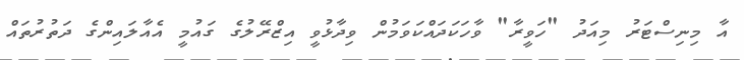
އާ މިނިސްޓަރު މިއަދު "ހަވީރާ" ވާހަކަދައްކަވަމުން ވިދާޅުވީ އިޒްރޭލުގެ ގައުމީ އެއާލައިންގެ ދަތުރުތައް